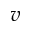
v